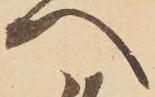
へ